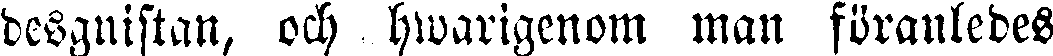
desgnistan, och hwarigenom man föranledes